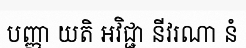
បញ្ញា យតិ អវិជ្ជា នីវរណា នំ